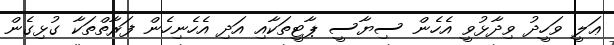
ޢަލީ ވަހީދު ވިދާޅުވީ އެހެން ސިޔާސީ ޕާޓީތަކާއި އަދި އެހެނިހެން ފަރާތްތަކާ ގުޅިގެން